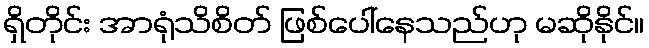
ရှိတိုင်း အာရုံသိစိတ် ဖြစ်ပေါ်နေသည်ဟု မဆိုနိုင်။